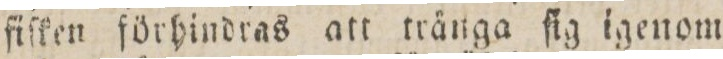
fiſken förhindras att tränga ſig igenom